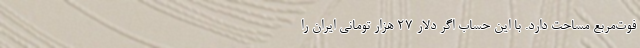
فوت‌مربع مساحت دارد. با این حساب اگر دلار 27 هزار تومانی ایران را